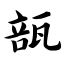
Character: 瓿